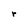
Character: r